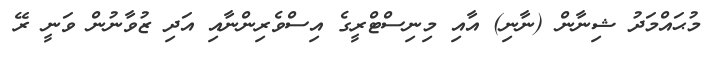
މުޙައްމަދު ޝިނާން (ނާނި) އާއި މިނިސްޓްރީގެ އިސްވެރިންނާއި އަދި ޒުވާނުން ވަނީ ރޭ